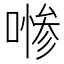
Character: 𱔑